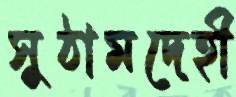
সুঠামদেহী